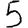
Digit: 5